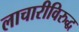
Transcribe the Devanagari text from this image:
लाचारीविरुद्ध